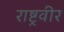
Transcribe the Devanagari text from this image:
राष्ट्रवीर